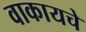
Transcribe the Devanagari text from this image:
वाकायचे